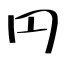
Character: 円